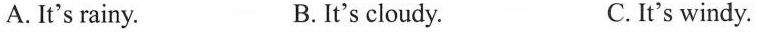
A. It's rainy. B.It's cloudy. C. It's windy.